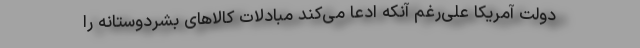
دولت آمریکا علی‌رغم آنکه ادعا می‌کند مبادلات کالاهای بشردوستانه را